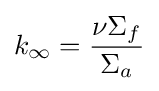
k_{\infty }={\frac {\nu \Sigma _{f}}{\Sigma _{a}}}